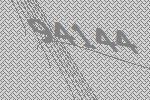
94144